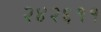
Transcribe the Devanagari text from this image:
२४२६११